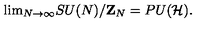
\mathrm { l i m } _ { N \to \infty } S U ( N ) / { \bf Z } _ { N } = P U ( { \cal H } ) .